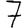
Digit: 7